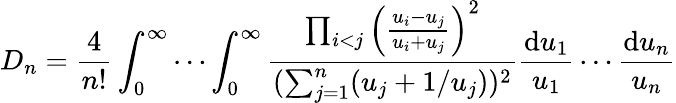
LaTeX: D_{n}=\frac{4}{n!}\int_{0}^{\infty}\cdots\int_{0}^{\infty}\frac{\prod_{i<j}\left(\frac{u_{i}-u_{j}}{u_{i}+u_{j}}\right)^{2}}{(\sum_{j=1}^{n}(u_{j}+1/u_{j}))^{2}}\frac{\mathrm{d}u_{1}}{u_{1}}\cdots\frac{\mathrm{d}u_{n}}{u_{n}}